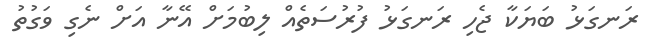
ރަނގަޅު ބަޔަކާ ޖެހި ރަނގަޅު ފުރުސަތެއް ލިބުމަށް އޭނާ އަށް ނެގި ވަގުތު